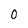
Character: O